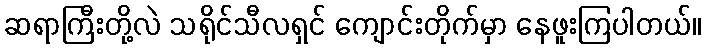
ဆရာကြီးတို့လဲ သရိုင်သီလရှင် ကျောင်းတိုက်မှာ နေဖူးကြပါတယ်။